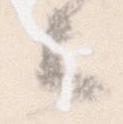
云